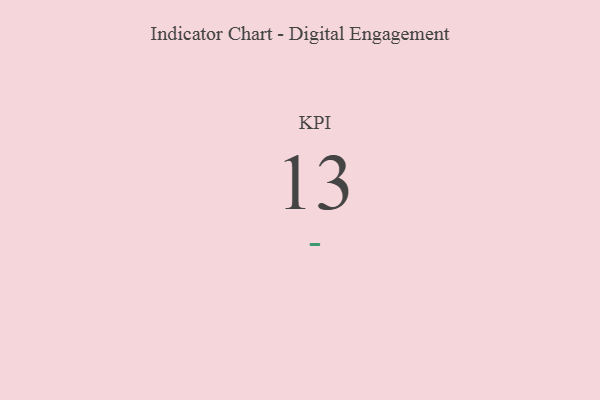
{"axis": {"x": "KPI", "y": "Value"}, "legend": [""], "data": [{"x": "KPI", "y": 13, "type": ""}]}